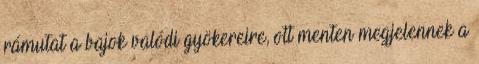
rámutat a bajok valódi gyökereire, ott menten megjelennek a